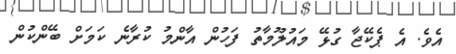
އެވެ. އެ ޕެކޭޖާ ގުޅޭ މައުލޫމާތު ފަހުން އާންމު ކުރާނެ ކަމަށް ބޭންކުން